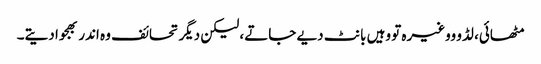
مٹھائی، لڈو ووغیرہ تو وہیں بانٹ دیے جاتے، لیکن دیگر تحائف وہ اندر بھجوا دیتے۔